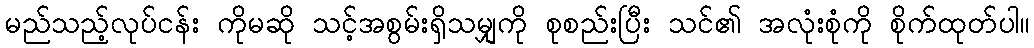
မည်သည့်လုပ်ငန်း ကိုမဆို သင့်အစွမ်းရှိသမျှကို စုစည်းပြီး သင်၏ အလုံးစုံကို စိုက်ထုတ်ပါ။